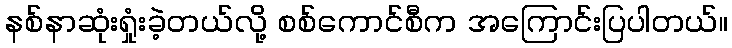
နစ်နာဆုံးရှုံးခဲ့တယ်လို့ စစ်ကောင်စီက အကြောင်းပြပါတယ်။